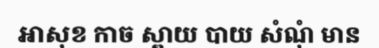
អាសុខ កាច ស្ពាយ បាយ សំណុំ មាន